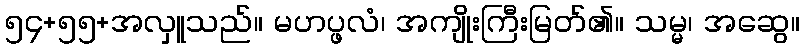
၅၄+၅၅+အလှူသည်။ မဟပ္ဖလံ၊ အကျိုးကြီးမြတ်၏။ သမ္မ၊ အဆွေ။